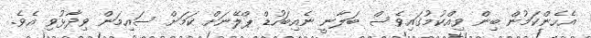
އެހެންކަމުން ބިން ވިއްކުމުގައިވެސް ބަލާނީ ނެއިބަހުޑް ޕްލޭނަށް ކަމަށް ސައިމަން ވިދާޅުވި އެވެ.